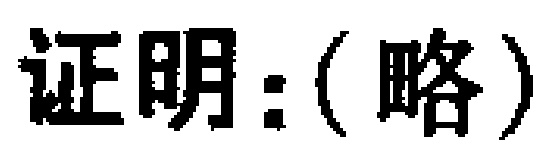
证明：(略)